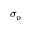
\sigma _ { p }